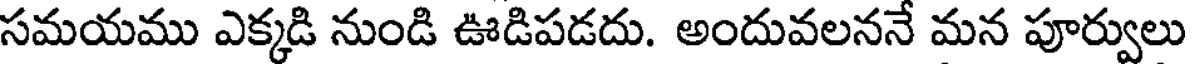
సమయము ఎక్కడి నుండి ఊడిపడదు. అందువలననే మన పూర్వులు